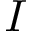
I